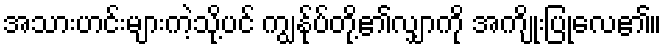
အသားဟင်းများကဲ့သို့ပင် ကျွန်ုပ်တို့၏လျှာကို အကျိုးပြုလေ၏။